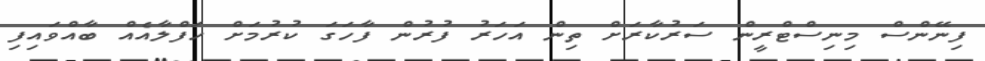
ފިނޭންސް މިނިސްޓްރީން ސަރުކާރަށް ތިން އަހަރު ފުރުން ފާހަގަ ކުރުމަށް ހަފްލާއެއް ބާއްވައިފި